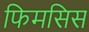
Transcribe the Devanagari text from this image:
फिमसिस